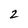
Character: 2